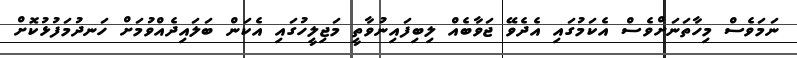
ނަމަވެސް މިހާތަނަށްވެސް އެކަމުގައި އެދެވޭ ޖަވާބެއް ލިބިފައިނުވާތީ މަޖިލީހުގައި އެކަން ބަލައިދެއްވުމަށް ހަނދުމަފުޅުކޮށް